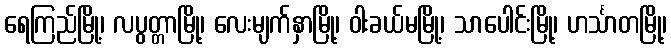
ရေကြည်မြို့၊ လပွတ္တာမြို့၊ လေးမျက်နှာမြို့၊ ဝါးခယ်မမြို့၊ သာပေါင်းမြို့၊ ဟင်္သာတမြို့၊